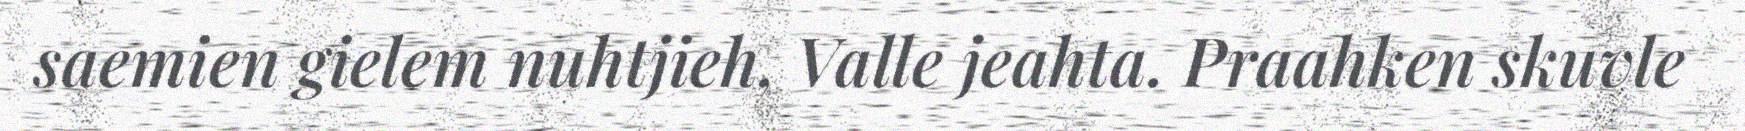
saemien gielem nuhtjieh, Valle jeahta. Praahken skuvle